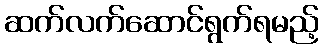
ဆက်လက်ဆောင်ရွက်ရမည့်